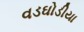
વડઘોડીયા